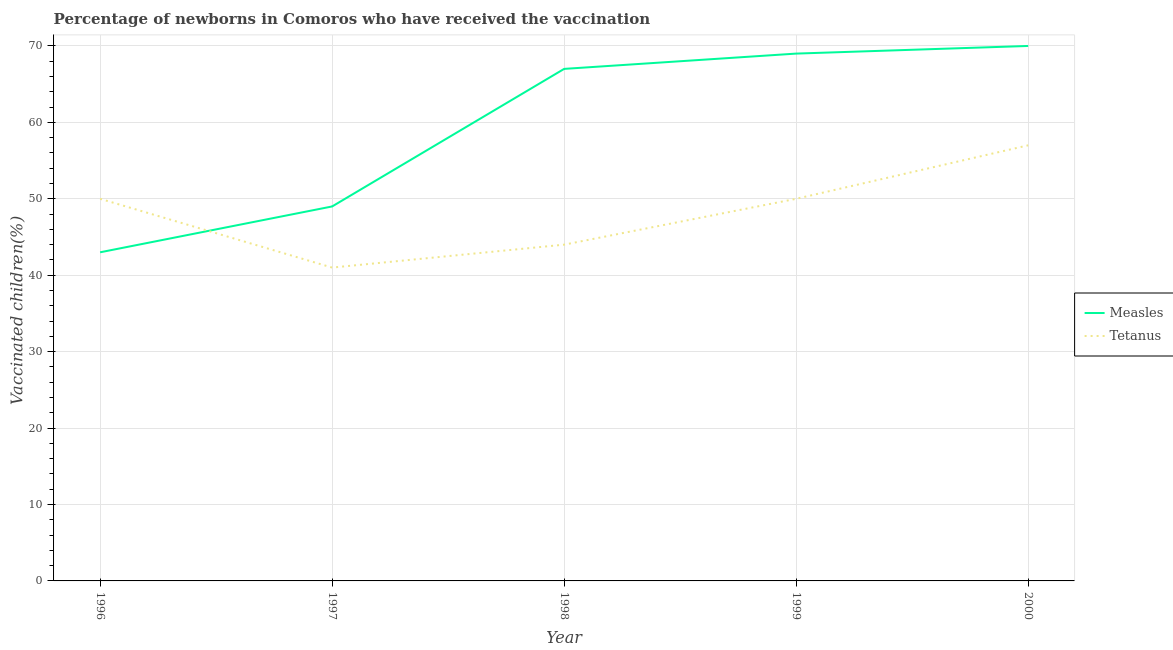
| Year | Measles | Tetanus |
 | --- | --- | --- |
 | 1996 | 43 | 50 |
 | 1997 | 49 | 41 |
 | 1998 | 67 | 44 |
 | 1999 | 69 | 50 |
 | 2000 | 70 | 57 |